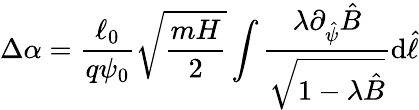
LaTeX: \Delta\alpha=\frac{\ell_{0}}{q\psi_{0}}\sqrt{\frac{mH}{2}}\int\frac{\lambda\partial_{\hat{\psi}}\hat{B}}{\sqrt{1-\lambda\hat{B}}}\mathrm{d}\hat{\ell}